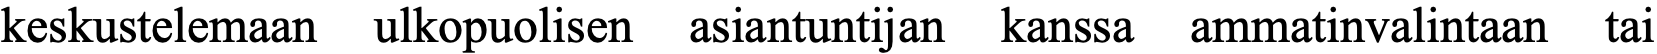
keskustelemaan ulkopuolisen asiantuntijan kanssa ammatinvalintaan tai